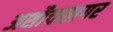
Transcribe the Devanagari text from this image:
अशौचसागर